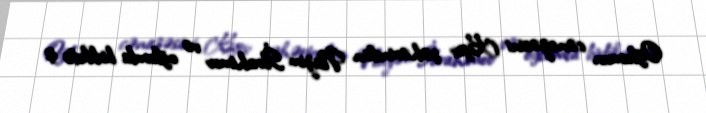
Oğlumun cənazəsini Kiyev şəhərindən Nazim İbrahimov və oğlumla birlikdə iş